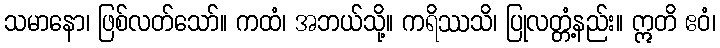
သမာနော၊ ဖြစ်လတ်သော်။ ကထံ၊ အဘယ်သို့။ ကရိဿသိ၊ ပြုလတ္တံ့နည်း။ ဣတိ ဧဝံ၊